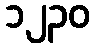
၁၂၃၀